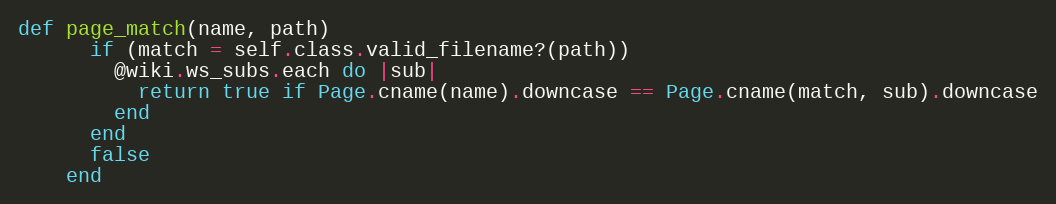
Language: Ruby
def page_match(name, path)
      if (match = self.class.valid_filename?(path))
        @wiki.ws_subs.each do |sub|
          return true if Page.cname(name).downcase == Page.cname(match, sub).downcase
        end
      end
      false
    end